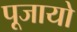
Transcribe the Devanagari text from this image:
पूजायो